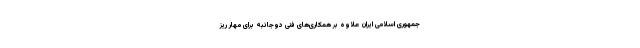
جمهوری اسلامی ایران علاوه بر همکاری‌های فنی دوجانبه برای مهار ریز